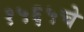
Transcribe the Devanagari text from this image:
१५६५चे